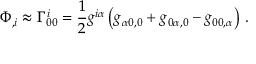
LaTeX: \Phi _ { , i } \approx \Gamma _ { 0 0 } ^ { i } = { \frac { 1 } { 2 } } g ^ { i \alpha } \left( g _ { \alpha 0 , 0 } + g _ { 0 \alpha , 0 } - g _ { 0 0 , \alpha } \right) \, .